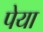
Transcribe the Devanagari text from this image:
पेया